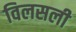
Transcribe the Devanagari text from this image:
विलसली